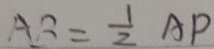
A B = \frac { 1 } { 2 } A P